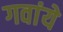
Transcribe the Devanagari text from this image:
गवांये